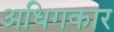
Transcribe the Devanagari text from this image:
अधिगकार